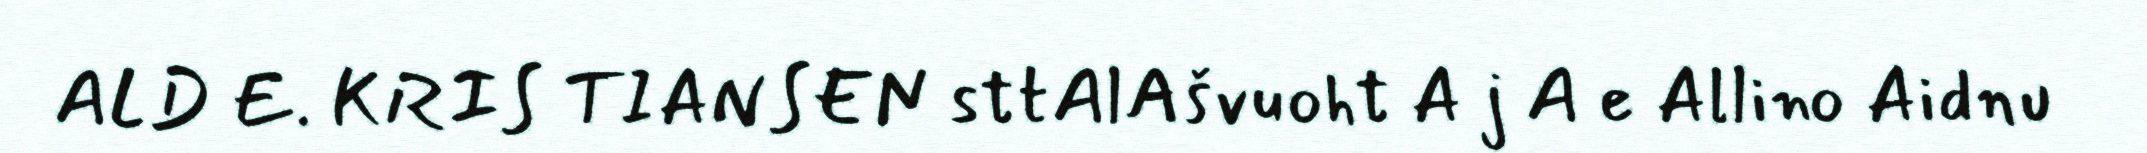
ALD E. KRIS TIANSEN sttAlAšvuoht A j A e Allino Aidnu